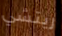
ريتشي